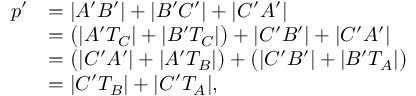
{ \begin{array} { r l } { p ^ { \prime } } & { = | A ^ { \prime } B ^ { \prime } | + | B ^ { \prime } C ^ { \prime } | + | C ^ { \prime } A ^ { \prime } | } \\ & { = { \bigl ( } | A ^ { \prime } T _ { C } | + | B ^ { \prime } T _ { C } | { \bigr ) } + | C ^ { \prime } B ^ { \prime } | + | C ^ { \prime } A ^ { \prime } | } \\ & { = { \bigl ( } | C ^ { \prime } A ^ { \prime } | + | A ^ { \prime } T _ { B } | { \bigr ) } + { \bigl ( } | C ^ { \prime } B ^ { \prime } | + | B ^ { \prime } T _ { A } | { \bigr ) } } \\ & { = | C ^ { \prime } T _ { B } | + | C ^ { \prime } T _ { A } | , } \end{array} }